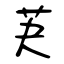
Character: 芵